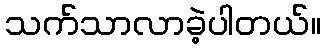
သက်သာလာခဲ့ပါတယ်။